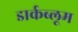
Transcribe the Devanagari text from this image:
डार्कब्लूम